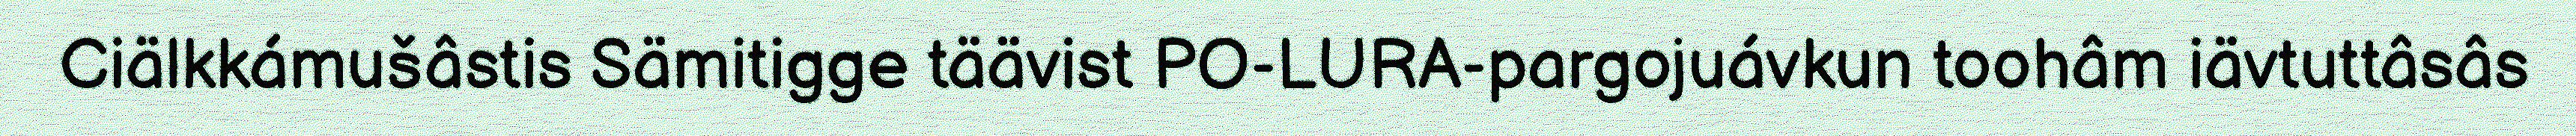
Ciälkkámušâstis Sämitigge täävist PO-LURA-pargojuávkun toohâm iävtuttâsâs